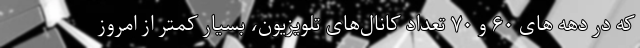
که در دهه های ۶۰ و ۷۰ تعداد کانال‌های تلویزیون، بسیار کمتر از امروز